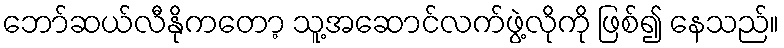
ဘော်ဆယ်လီနိုကတော့ သူ့အဆောင်လက်ဖွဲ့လိုကို ဖြစ်၍ နေသည်။